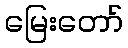
မြေးတော်